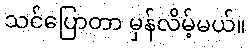
သင်ပြောတာ မှန်လိမ့်မယ်။